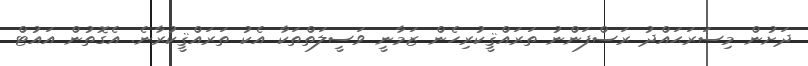
ދަށުން މިސަރަޙައްދު ރަސްފަންނު ތަރައްޤީކުރިހެން ޒަމާނީ ވަސީލަތްތަކާ އެކު ތަރައްޤީކުރާނެ. އެގޮތުން އައުޓް